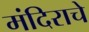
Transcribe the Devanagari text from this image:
मंदिराचे